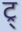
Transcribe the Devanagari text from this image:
ट्र्